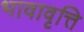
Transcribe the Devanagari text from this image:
भावावृत्ति